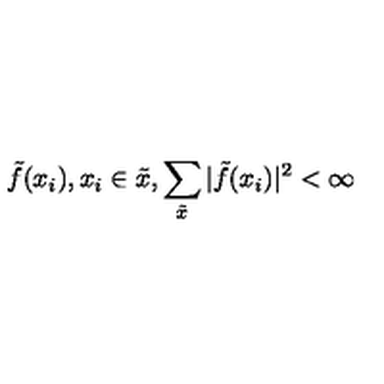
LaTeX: \tilde { f } ( x _ { i } ) , x _ { i } \in \tilde { x } , \sum _ { \tilde { x } } | \tilde { f } ( x _ { i } ) | ^ { 2 } < \infty